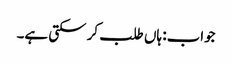
جواب: ہاں طلب کر سکتی ہے۔